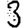
Digit: 3